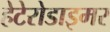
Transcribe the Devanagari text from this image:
हेटेरोडाइमर